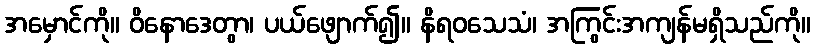
အမှောင်ကို။ ဝိနောဒေတွာ၊ ပယ်ဖျောက်၍။ နိရဝသေသံ၊ အကြွင်းအကျန်မရှိသည်ကို။